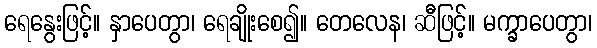
ရေနွေးဖြင့်။ နှာပေတွာ၊ ရေချိုးစေ၍။ တေလေန၊ ဆီဖြင့်။ မက္ခာပေတွာ၊